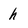
Character: h